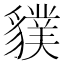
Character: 𧴌